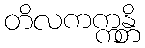
တိလကက္ကန္တိ